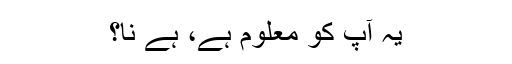
یہ آپ کو معلوم ہے، ہے نا؟